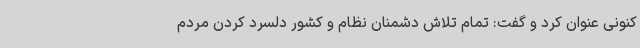
کنونی عنوان کرد و گفت: تمام تلاش دشمنان نظام و کشور دلسرد کردن مردم